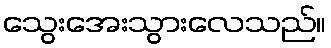
သွေးအေးသွားလေသည်။